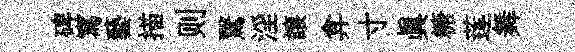
碑寫藝描则鷖淫譲弇寸眞糖莲舞